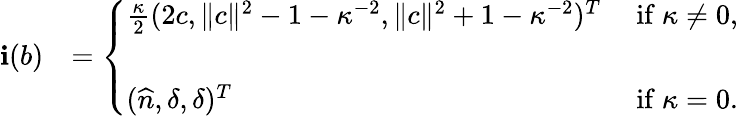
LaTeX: \begin{array}{rl}{\mathbf i(b)}&{=\left\lbrace\begin{array}{lll}{\frac\kappa 2(2c,\| c\| ^{2}-1-\kappa^{-2},\| c\| ^{2}+1-\kappa^{-2})^{T}}&{\mathrm{~if~}\kappa\not=0,}\\ {\quad}\\ {(\widehat n,\delta,\delta)^{T}}&{\mathrm{~if~}\kappa=0.}\end{array}\right.}\end{array}